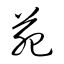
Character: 苑